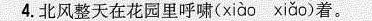
4.北风整天在花园里呼啸(xiào xiǎo)着。